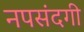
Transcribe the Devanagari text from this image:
नपसंदगी